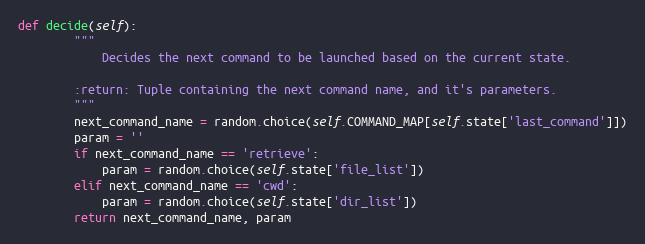
Language: Python
def decide(self):
        """
            Decides the next command to be launched based on the current state.

        :return: Tuple containing the next command name, and it's parameters.
        """
        next_command_name = random.choice(self.COMMAND_MAP[self.state['last_command']])
        param = ''
        if next_command_name == 'retrieve':
            param = random.choice(self.state['file_list'])
        elif next_command_name == 'cwd':
            param = random.choice(self.state['dir_list'])
        return next_command_name, param